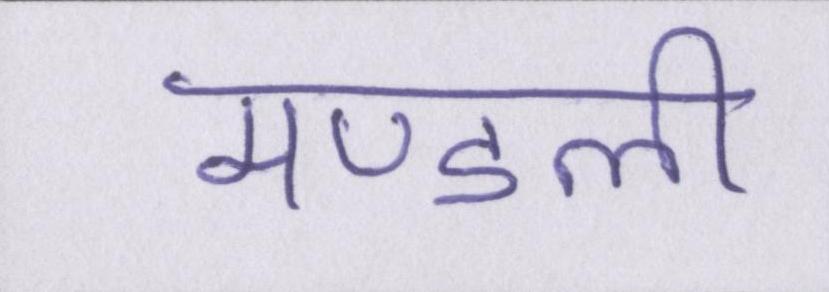
मण्डली